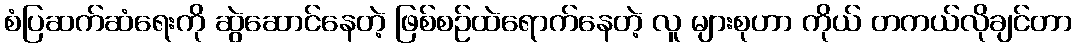
စံပြဆက်ဆံရေးကို ဆွဲဆောင်နေတဲ့ ဖြစ်စဉ်ထဲရောက်နေတဲ့ လူ များစုဟာ ကိုယ် တကယ်လိုချင်တာ